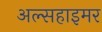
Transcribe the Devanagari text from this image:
अल्सहाइमर